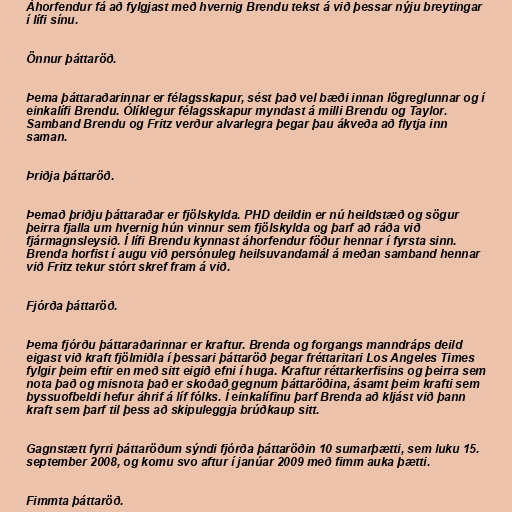
Áhorfendur fá að fylgjast með hvernig Brendu tekst á við þessar nýju breytingar
í lífi sínu.

Önnur þáttaröð.

Þema þáttaraðarinnar er félagsskapur, sést það vel bæði innan lögreglunnar og í
einkalífi Brendu. Ólíklegur félagsskapur myndast á milli Brendu og Taylor.
Samband Brendu og Fritz verður alvarlegra þegar þau ákveða að flytja inn
saman.

Þriðja þáttaröð.

Þemað þriðju þáttaraðar er fjölskylda. PHD deildin er nú heildstæð og sögur
þeirra fjalla um hvernig hún vinnur sem fjölskylda og þarf að ráða við
fjármagnsleysið. Í lífi Brendu kynnast áhorfendur föður hennar í fyrsta sinn.
Brenda horfist í augu við persónuleg heilsuvandamál á meðan samband hennar
við Fritz tekur stórt skref fram á við.

Fjórða þáttaröð.

Þema fjórðu þáttaraðarinnar er kraftur. Brenda og forgangs manndráps deild
eigast við kraft fjölmiðla í þessari þáttaröð þegar fréttaritari Los Angeles Times
fylgir þeim eftir en með sitt eigið efni í huga. Kraftur réttarkerfisins og þeirra sem
nota það og misnota það er skoðað gegnum þáttaröðina, ásamt þeim krafti sem
byssuofbeldi hefur áhrif á líf fólks. Í einkalífinu þarf Brenda að kljást við þann
kraft sem þarf til þess að skipuleggja brúðkaup sitt.

Gagnstætt fyrri þáttaröðum sýndi fjórða þáttaröðin 10 sumarþætti, sem luku 15.
september 2008, og komu svo aftur í janúar 2009 með fimm auka þætti.

Fimmta þáttaröð.